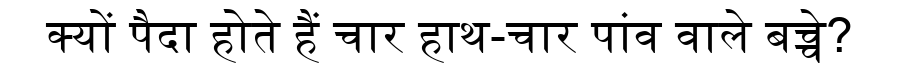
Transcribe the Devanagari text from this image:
क्यों पैदा होते हैं चार हाथ-चार पांव वाले बच्चे?